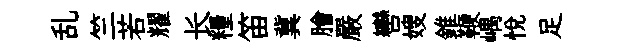
乱竺若耀长糧笛冀膾嚴轡嫂錐鞭嵎悅足